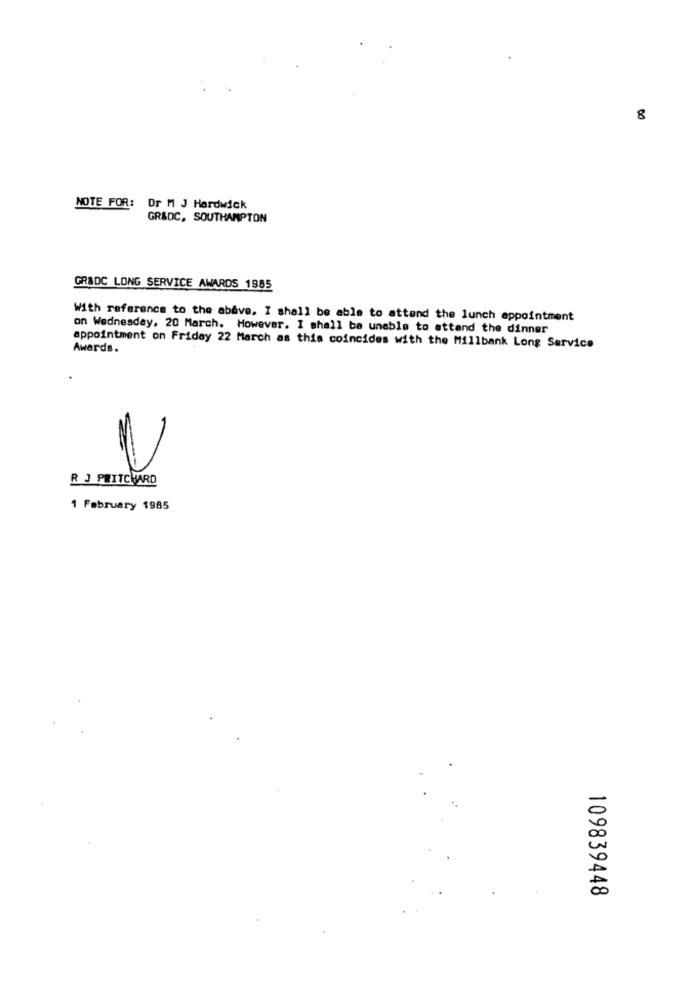
8
NOTE FOR:
Or M J Hardwick
GR&DC, SOUTHAMPTON
GRADC LONG SERVICE AWARDS 1985
With reference to the above, I shall be able to attend the lunch appointment
on Wednesday, 20 March. However. I shall be unable to attend the dinner
appointment on Friday 22 March as this coincides with the Millbank Long Service
Awards.
R J PRITCHARD
1 February 1985
109839448